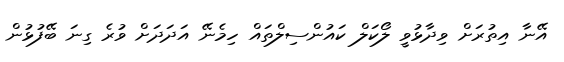
އޭނާ އިތުރަށް ވިދާޅުވީ ލޯކަލް ކައުންސިލްތައް ހިމެނޭ އަދަދަށް ވުރެ ގިނަ ބޭފުޅުން